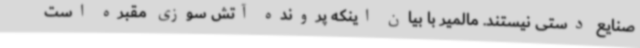
صنایع دستی نیستند. مالمیر با بیان اینکه پرونده آتش سوزی مقبره است